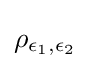
\rho _{\epsilon _{1},\epsilon _{2}}